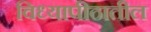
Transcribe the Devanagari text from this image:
विध्यापीठातील